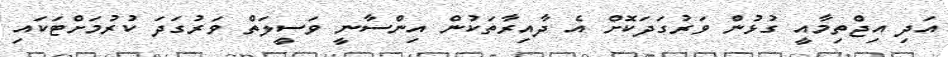
އަދި އިޖްތިމާއީ ގުޅުން ވަރުގަދަކޮށް އެ ދާއިރާތަކުން އިންސާނީ ވަސީލަތް ވަރުގަދަ ކުރުމަށްޓަކައި